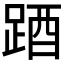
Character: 𨁪